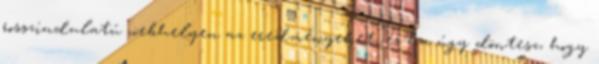
rosszindulatú webhelyen az eredményeket, és ha úgy döntesz, hogy